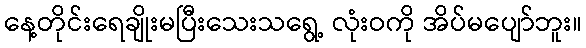
နေ့တိုင်းရေချိုးမပြီးသေးသရွေ့ လုံးဝကို အိပ်မပျော်ဘူး။